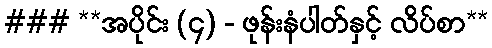
### **အပိုင်း (၄) - ဖုန်းနံပါတ်နှင့် လိပ်စာ**